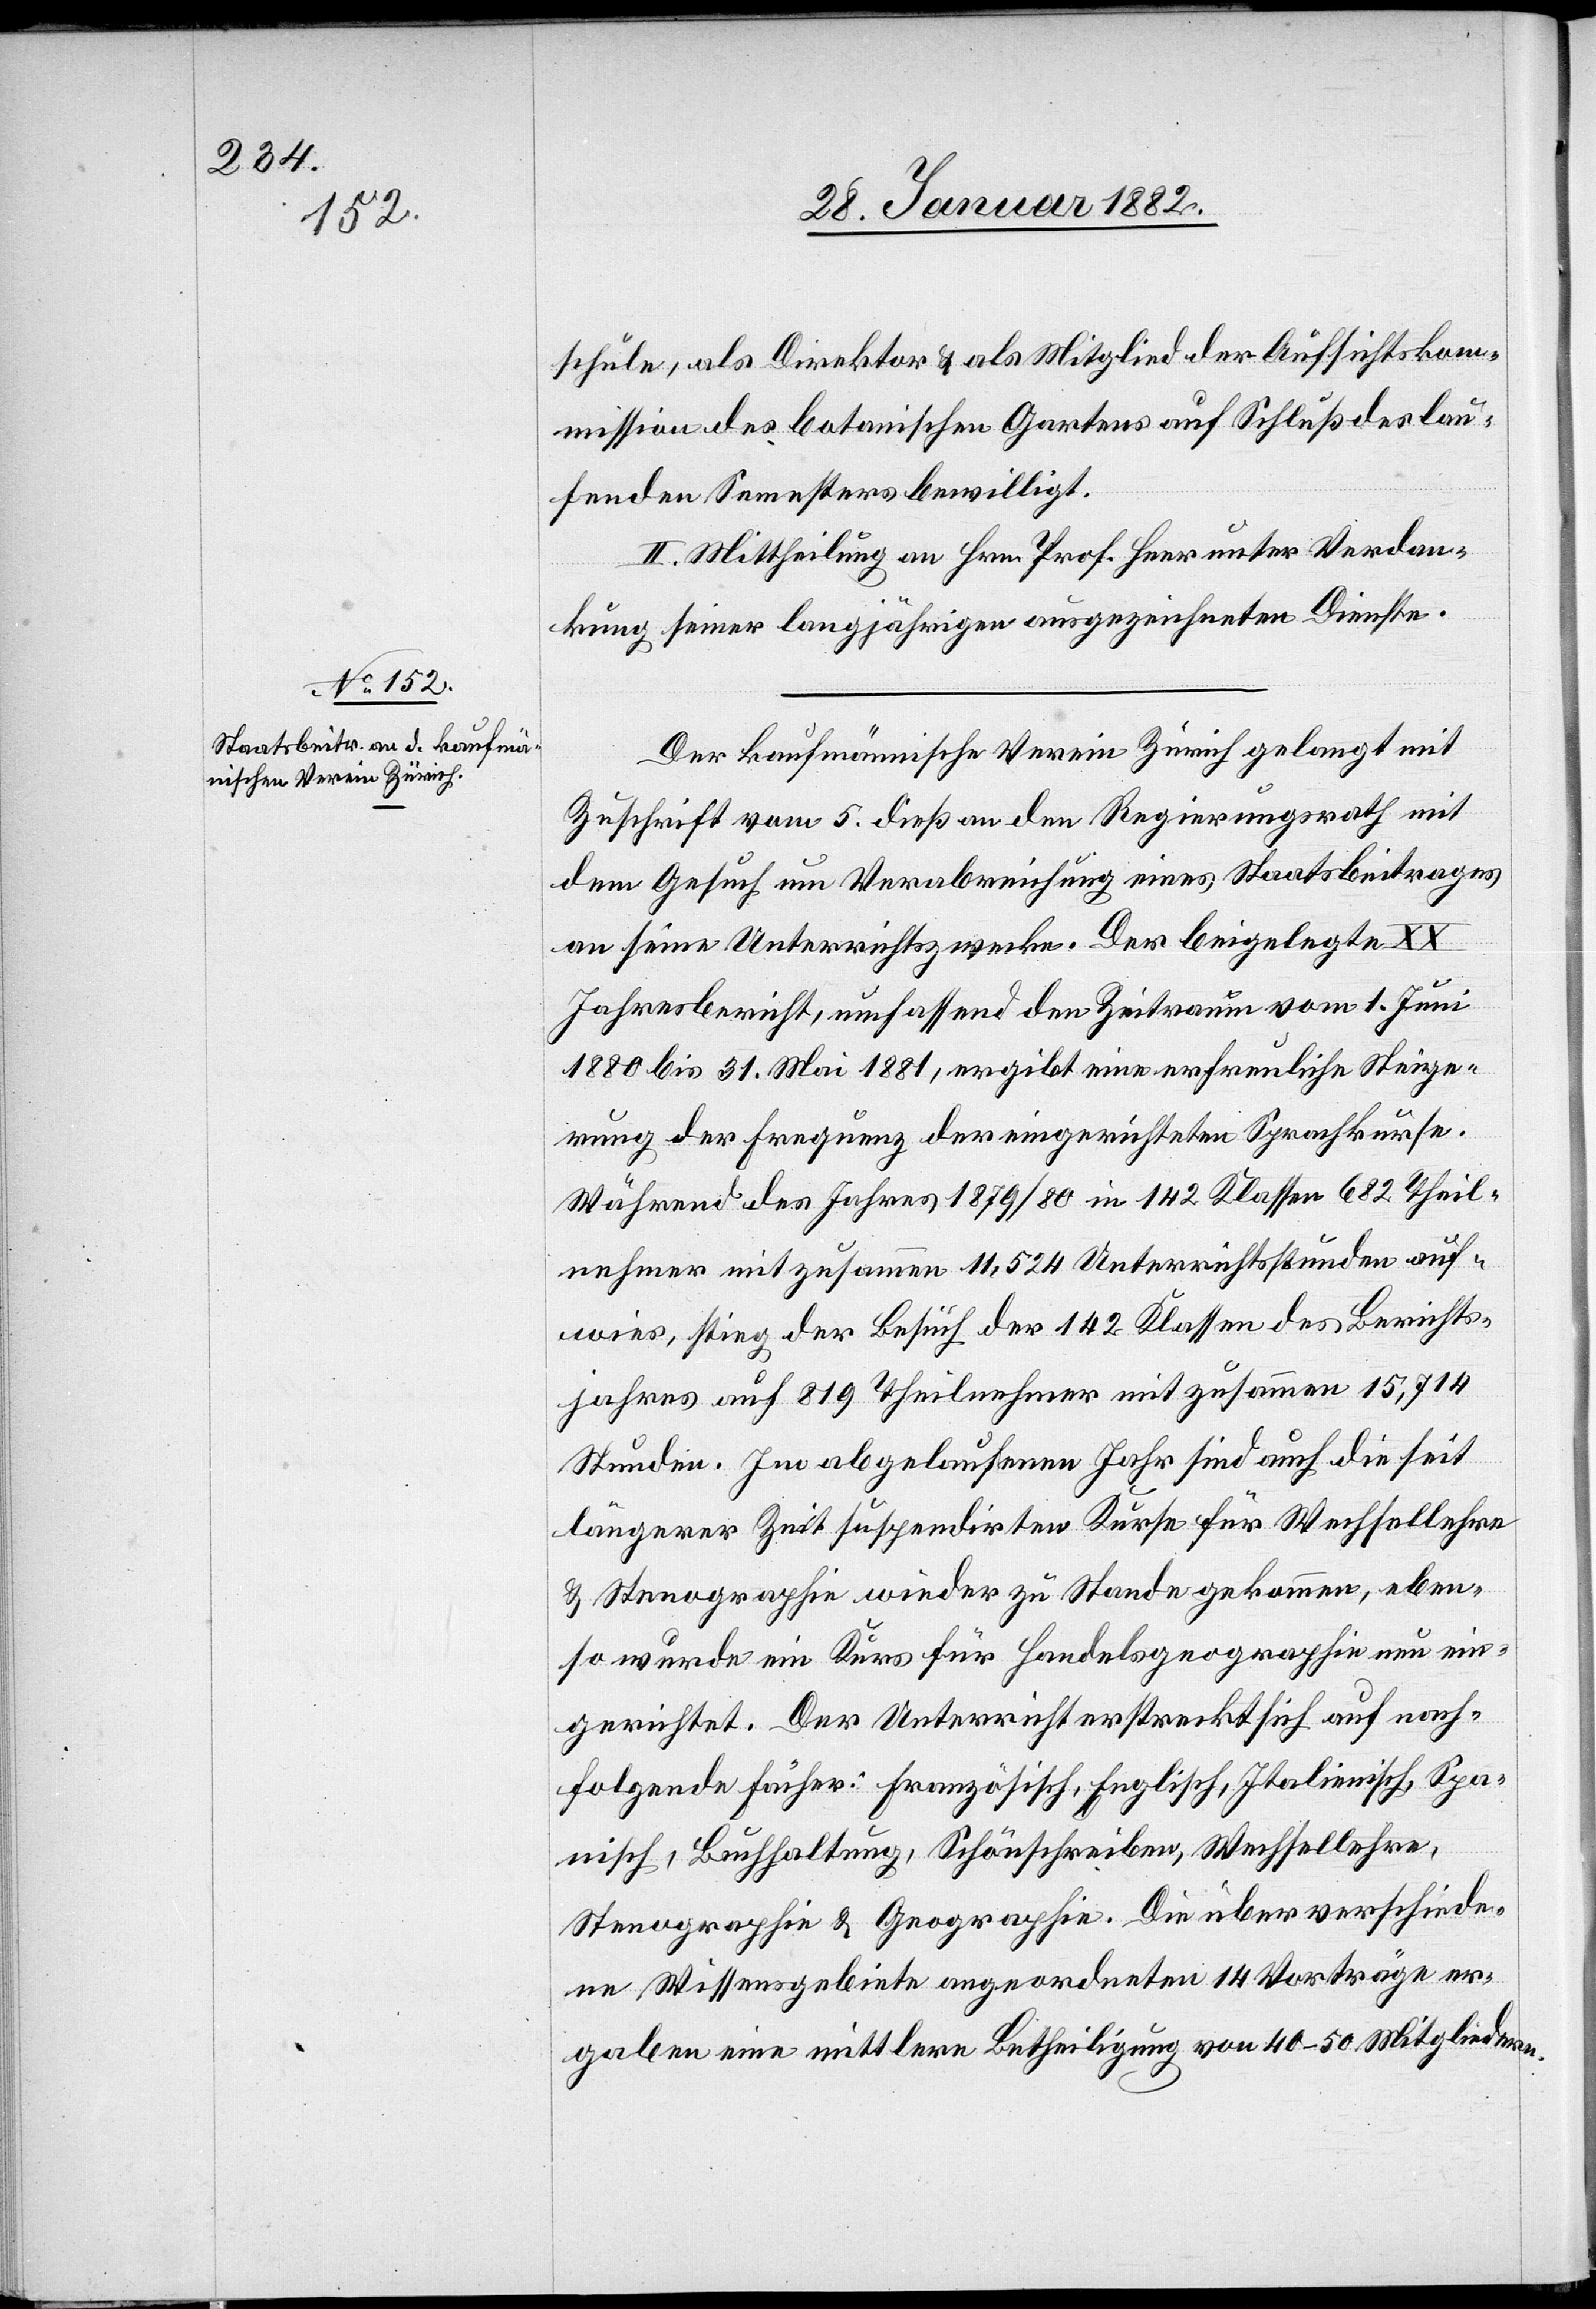
schule, als Direktor & als Mitglied der Aufsichtskom¬
mission des botanischen Gartens auf Schluß des lau¬
fenden Semesters bewilligt.
II. Mittheilung an Hrn. Prof. Heer unter Verdan¬
kung seiner langjährigen ausgezeichneten Dienste.
Der kaufmännische Verein Zürich gelangt mit
Zuschrift vom 5. dieß an den Regierungsrath mit
dem Gesuch um Verabreichung eines Staatsbeitrages
an seine Unterrichtszwecke. Der beigelegte XX
Jahresbericht, auffassend den Zeitraum vom 1. Juni
1880 bis 31. Mai 1881, ergibt eine erfreuliche Steige¬
rung der Frequenz der eingerichteten Sprachkurse.
Während des Jahres 1879/80 in 142 Klassen 682 Theil¬
nehmer mit zusammen 11,524 Unterrichtsstunden auf¬
wies, stieg der Besuch der 142 Klassen des Berichts¬
jahres auf 819 Theilnehmer mit zusammen 15,714
Stunden. Im abgelaufenen Jahr sind auch die seit
längerer Zeit suspendierten Kurse für Wechsellehre
& Stenographie wieder zu Stande gekommen, eben¬
so wurde ein Kurs für Handelsgeographie neu ein¬
gerichtet. Der Unterricht erstreckt sich auf nach¬
folgende Fächer: Französisch, Englisch, Italienisch, Spa¬
nisch, Buchhaltung, Schönschreiben, Wechsellehre,
Stenographie & Geographie. Die über verschiede¬
ne Wissensgebiete angeordneten 14 Vorträge er¬
gaben eine mittlere Betheiligung von 40–50 Mitgliedern.